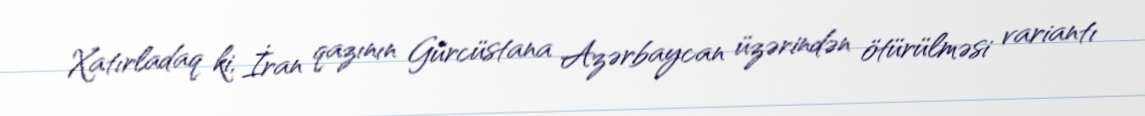
Xatırladaq ki, İran qazının Gürcüstana Azərbaycan üzərindən ötürülməsi variantı